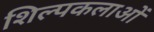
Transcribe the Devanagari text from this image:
शिल्पकलाओं